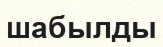
шабылды